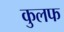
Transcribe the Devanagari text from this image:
कुलफ